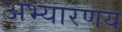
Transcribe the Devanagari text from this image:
अभ्यारणय